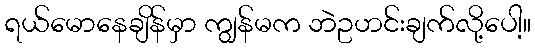
ရယ်မောနေချိန်မှာ ကျွန်မက ဘဲဥဟင်းချက်လို့ပေါ့။